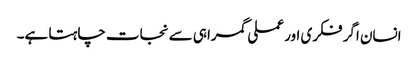
انسان اگر فکری اور عملی گمراہی سے نجات چاہتا ہے۔